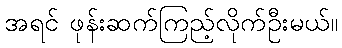
အရင် ဖုန်းဆက်ကြည့်လိုက်ဦးမယ်။